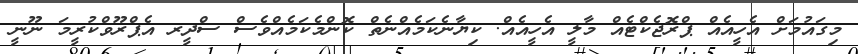
މިގައުމަށް އެހީއެއް ޕްރޮޖެކްޓެއް މާލީ އެހީއެއް. ކިޔާނެކަމެއްނެތް ކޮންމެކަމެއްވެސް ސްދީރ އެޕްރޫވްކުރީމަ ނޫނީ